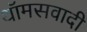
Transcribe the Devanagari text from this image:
थॉमसवादी